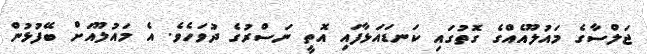
ޖަލްސާގެ މައުލޫއެއްގެ ގޮތުގައި ކަނޑައަޅާފައި އޮތީ ނަސްރުގެ ދުވަހެވެ. އެ މައުލޫއަށް ބޭފުޅުން